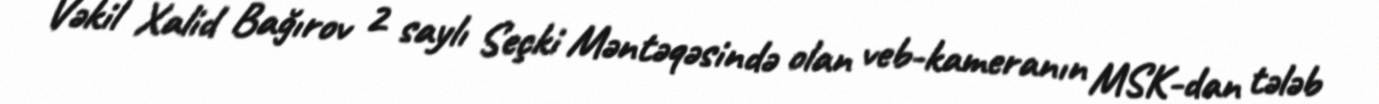
Vəkil Xalid Bağırov 2 saylı Seçki Məntəqəsində olan veb-kameranın MSK-dan tələb